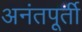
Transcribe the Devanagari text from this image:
अनंतपूर्ती